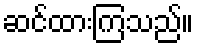
ဆင်ထားကြသည်။